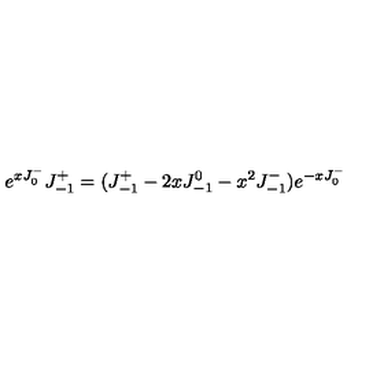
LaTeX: e ^ { x J _ { 0 } ^ { - } } J _ { - 1 } ^ { + } = ( J _ { - 1 } ^ { + } - 2 x J _ { - 1 } ^ { 0 } - x ^ { 2 } J _ { - 1 } ^ { - } ) e ^ { - x J _ { 0 } ^ { - } }